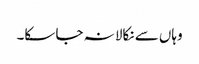
وہاں سے نکالا نہ جا سکا۔